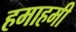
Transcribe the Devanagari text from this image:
हमाहमी